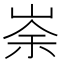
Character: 𡸂